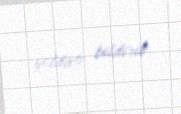
yoldaşı bildirib.